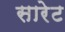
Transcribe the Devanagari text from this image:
सारेट